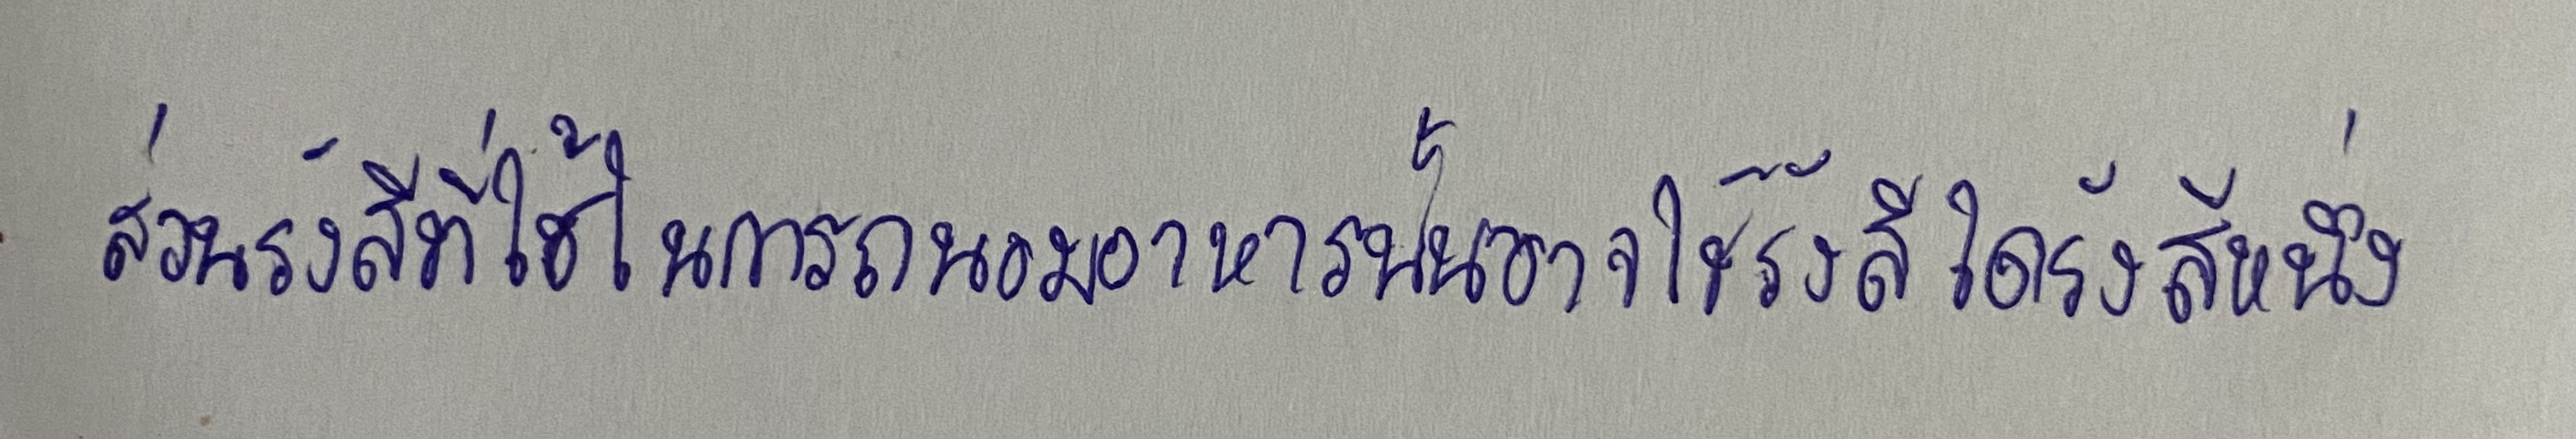
ส่วนรังสีที่ใช้ในการถนอมอาหารนั้นอาจใช้รังสีใดรังสีหนึ่ง